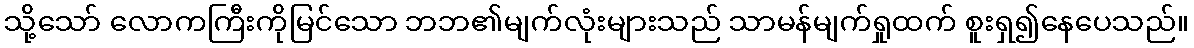
သို့သော် လောကကြီးကိုမြင်သော ဘဘ၏မျက်လုံးများသည် သာမန်မျက်ရှုထက် စူးရှ၍နေပေသည်။